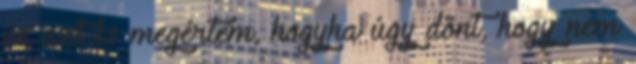
és azt is megértem, hogyha úgy dönt, hogy nem